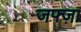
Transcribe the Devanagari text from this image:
जफ्ज़ा